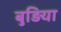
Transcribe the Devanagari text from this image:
बुड़िया